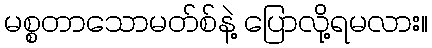
မစ္စတာသောမတ်စ်နဲ့ ပြောလို့ရမလား။